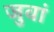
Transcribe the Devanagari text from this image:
जुवां